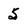
Character: 5